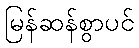
မြန်ဆန်စွာပင်